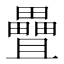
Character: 𪽤